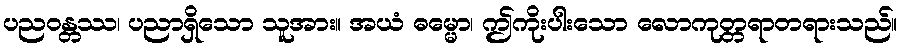
ပညဝန္တဿ၊ ပညာရှိသော သူအား။ အယံ ဓမ္မော၊ ဤကိုးပါးသော လောကုတ္တရာတရားသည်။